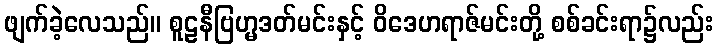
ဖျက်ခဲ့လေသည်။ စူဠနီဗြဟ္မဒတ်မင်းနှင့် ဝိဒေဟရာဇ်မင်းတို့ စစ်ခင်းရာ၌လည်း